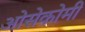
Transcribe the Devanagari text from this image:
ओसेकोमी